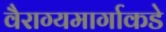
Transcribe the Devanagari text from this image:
वैराग्यमार्गाकडे